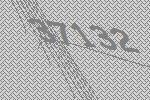
37132